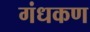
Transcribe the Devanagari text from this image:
गंधकण